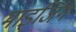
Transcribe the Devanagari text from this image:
माइजिंग